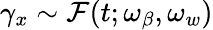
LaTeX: \gamma_{x}\sim\mathcal{F}(t;\omega_{\beta},\omega_{w})